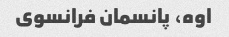
اوه، پانسمان فرانسوی